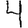
Digit: 4